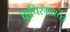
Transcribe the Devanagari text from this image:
कुचिरमारतंत्र